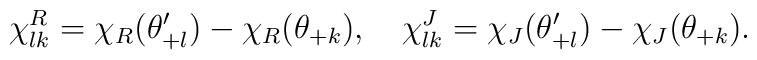
\chi^{R}_{lk}=\chi_{R}(\theta'_{+l})-\chi_{R}(\theta_{+k}),\quad\chi^{J}_{lk}=\chi_{J}(\theta'_{+l})-\chi_{J}(\theta_{+k}).